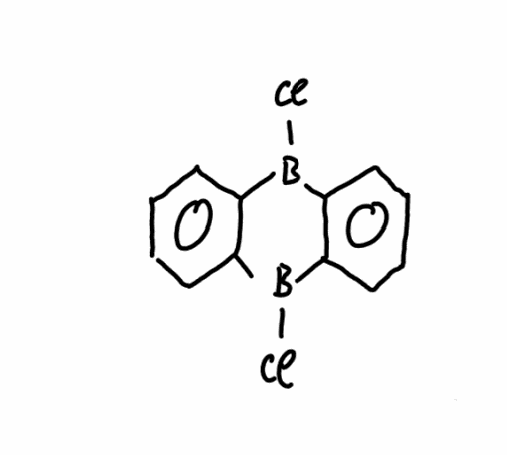
Simplified molecular-input line-entry system (SMILES) notation of the given molecule:
B1(C2=CC=CC=C2B(C3=CC=CC=C31)Cl)Cl